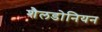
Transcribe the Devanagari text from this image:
शैलडोनियन